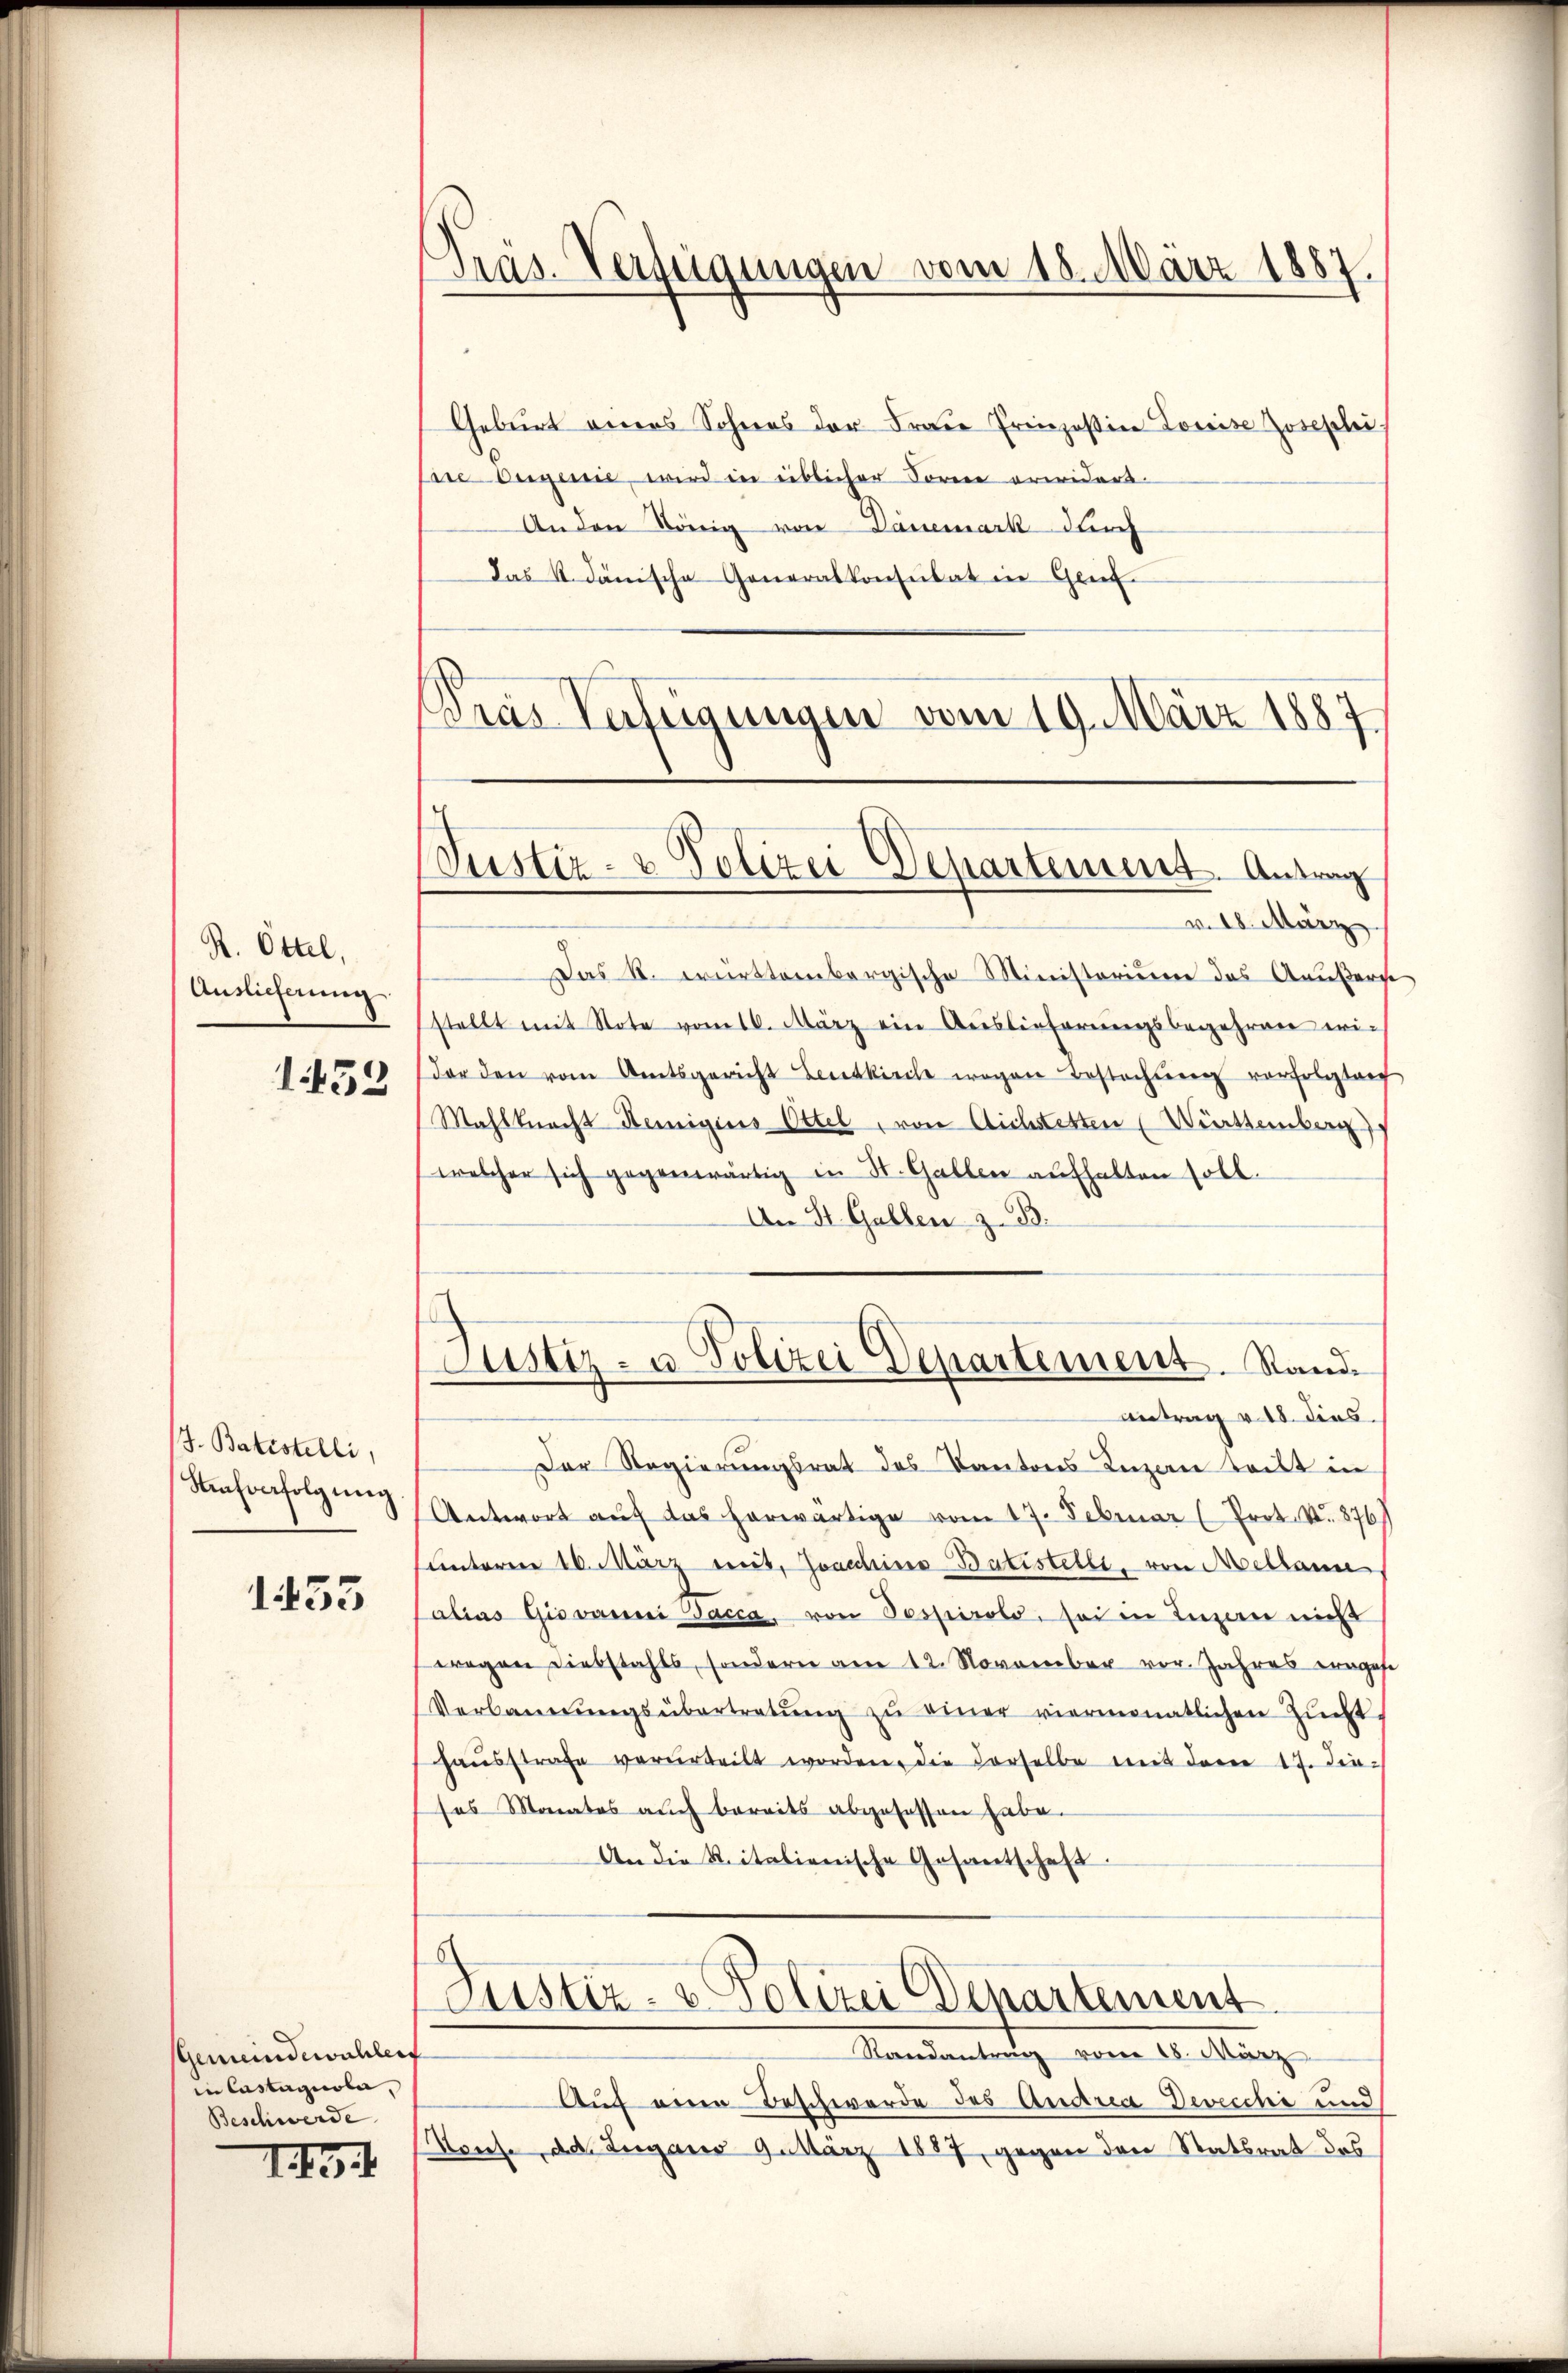
R. Öttel,
Auslieferung
1453

J. Batistelli,
Nahinfolgung

1433

Gemeindewahlen
in Castagnober,
Beschwerde |

I.

Präs. Verfügungen vom 18. März 1887.

Geburt eines Sohners der Fraue Prinzeßin Loreise Josephi
r Ougenie, wird in eiblicher Soreie erwidert.
An den König von Danemark durch
Das k. dänische Generalkonsulat in Genf
Pras Vateigungen vom 19. März 1887

Justiz- & Polizei Departement. Antrag

Justiz- u. Polizei Departement. Stande

v. 18. März
Das k. württembergische Ministorium das Aeußers
stellt mit Note vom 16. März ein Auslieferŭngsbegehren ei-
dar den vom Amtsgericht entkirche wegen Bestachtung vorfolgten
Mahlknecht Reinigens Ottel, von Aichstetten (Württemberg)
welcher sich gegenwärtig in St. Gallen aufhalten soll.
An St. Gallen z. B.
Antrag v. 18. dies
Der Regierungsrat des Kantons Luzan teilt in
Antwort auf das herwärtige vom 17. Februar (Prot. N. 876
unterm 16. März mit. Joachine-Batistelli, von Mellan
alias Giovanni acca, von Pospirolo, sei in Ingen nicht
wegen Diebstahls, sondern am 12. November vor. Jahres engese
Verbaŭerŭngsübertretŭng zŭ einer viermonatlichen Zŭcht
haŭsstrafe verurteilt worden, die derselbe mit dem 17. die-
ses Monates auch bereits abgesessen habe.
An die Reitalienische Gesantschaft.
Justiz- & Polizei Departement
Randantrag vom 18. März
Auf eine Beschwerde des Andrea Devecchi und
Nouse, das Zugano 9. März 1887, gegen den Statsrat des